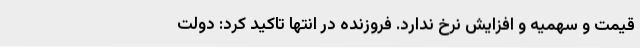
قیمت و سهمیه و افزایش نرخ ندارد. فروزنده در انتها تاکید کرد: دولت